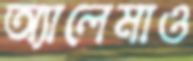
অ্যালেমাও